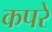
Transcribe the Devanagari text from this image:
कपरे